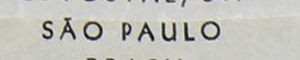
SÃO PAULO